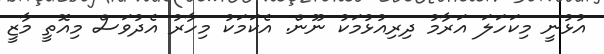
އުޅުނީ މިކަހަލަ އަރާމު ދިރިއުޅުމަކު ނޫން. އެކަމަކު މިހާރު އެދުވަސް މިއޮތީ މާޒީ